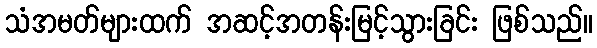
သံအမတ်များထက် အဆင့်အတန်းမြင့်သွားခြင်း ဖြစ်သည်။